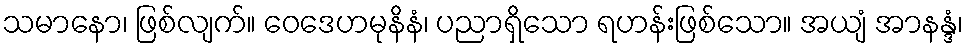
သမာနော၊ ဖြစ်လျက်။ ဝေဒေဟမုနိနံ၊ ပညာရှိသော ရဟန်းဖြစ်သော။ အယျံ အာနန္ဒံ၊